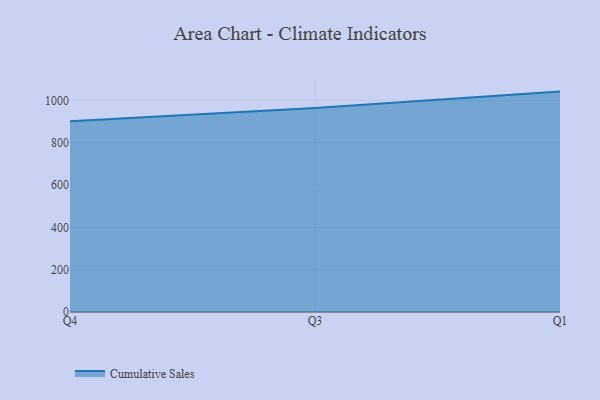
{"axis": {"x": "Quarter", "y": "Temperature (°C)"}, "legend": ["Cumulative Sales"], "data": [{"x": "Q4", "y": 902.1, "type": "Cumulative Sales"}, {"x": "Q3", "y": 964.4, "type": "Cumulative Sales"}, {"x": "Q1", "y": 1041.7, "type": "Cumulative Sales"}]}